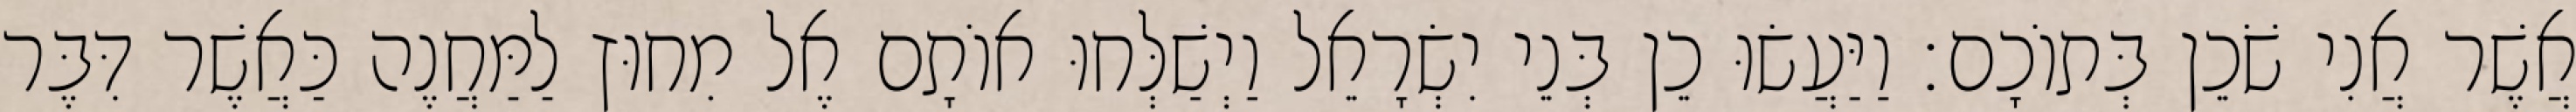
אֲשֶׁר אֲנִי שֹׁכֵן בְּתוֹכָם׃ וַיַּעֲשׂוּ כֵן בְּנֵי יִשְׂרָאֵל וַיְשַׁלְּחוּ אוֹתָם אֶל מִחוּץ לַמַּחֲנֶה כַּאֲשֶׁר דִּבֶּר